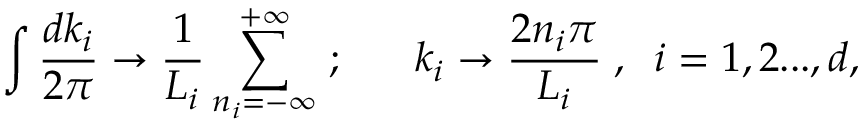
\int \frac { d k _ { i } } { 2 \pi } \rightarrow \frac { 1 } { L _ { i } } \sum _ { n _ { i } = - \infty } ^ { + \infty } \; ; \; \; \; \; \; \; k _ { i } \rightarrow \frac { 2 n _ { i } \pi } { L _ { i } } \; , \; \; i = 1 , 2 . . . , d ,